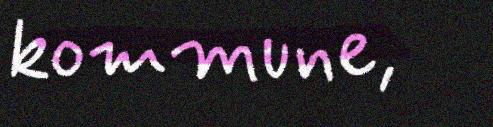
kommune,